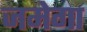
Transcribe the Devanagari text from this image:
जमेगा